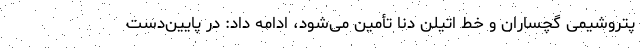
پتروشیمی گچساران و خط اتیلن دنا تأمین می‌شود، ادامه داد: در پایین‌دست